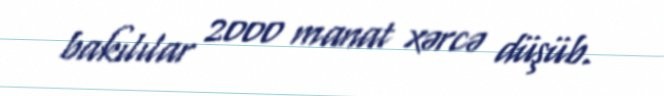
bakılılar 2000 manat xərcə düşüb.